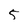
Character: 5